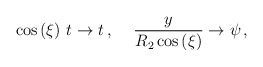
\begin{align*}\cos\left(\xi\right)\, t\to t\, ,\hspace{.5cm}\frac{y}{R_{2}\cos\left(\xi\right)}\to \psi\, ,\end{align*}